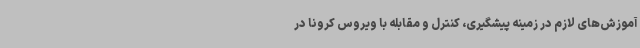
آموزش‌های لازم در زمینه پیشگیری، کنترل و مقابله با ویروس کرونا در